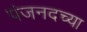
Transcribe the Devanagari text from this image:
पंजनदच्या